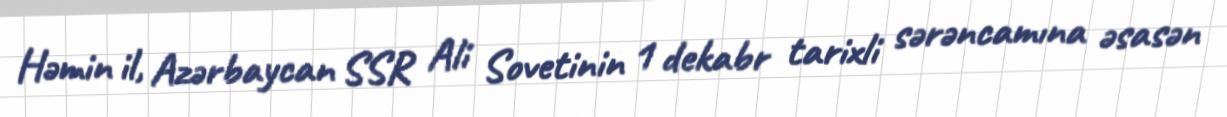
Həmin il, Azərbaycan SSR Ali Sovetinin 1 dekabr tarixli sərəncamına əsasən